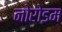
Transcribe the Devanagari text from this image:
नोरोडम